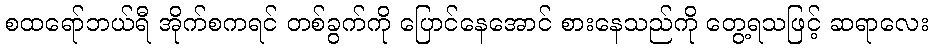
စထရော်ဘယ်ရီ အိုက်စကရင် တစ်ခွက်ကို ပြောင်နေအောင် စားနေသည်ကို တွေ့ရသဖြင့် ဆရာလေး